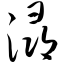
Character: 浔